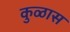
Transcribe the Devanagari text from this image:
कुळास